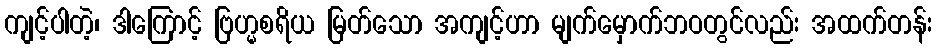
ကျင့်ပါတဲ့၊ ဒါကြောင့် ဗြဟ္မစရိယ မြတ်သော အကျင့်ဟာ မျက်မှောက်ဘဝတွင်လည်း အထက်တန်း